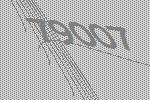
79007